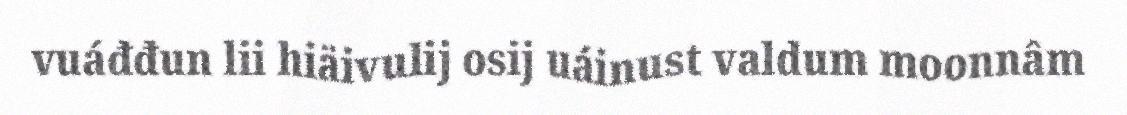
vuáđđun lii hiäivulij osij uáinust valdum moonnâm